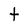
Character: t